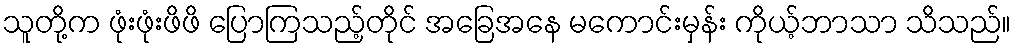
သူတို့က ဖုံးဖုံးဖိဖိ ပြောကြသည့်တိုင် အခြေအနေ မကောင်းမှန်း ကိုယ့်ဘာသာ သိသည်။